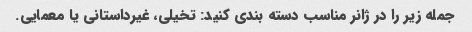
جمله زیر را در ژانر مناسب دسته بندی کنید: تخیلی، غیرداستانی یا معمایی.